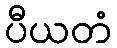
ပီယတံ